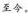
至今。